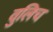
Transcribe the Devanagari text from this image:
वुलिच